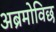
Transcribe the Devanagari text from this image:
अब्रमोविछ